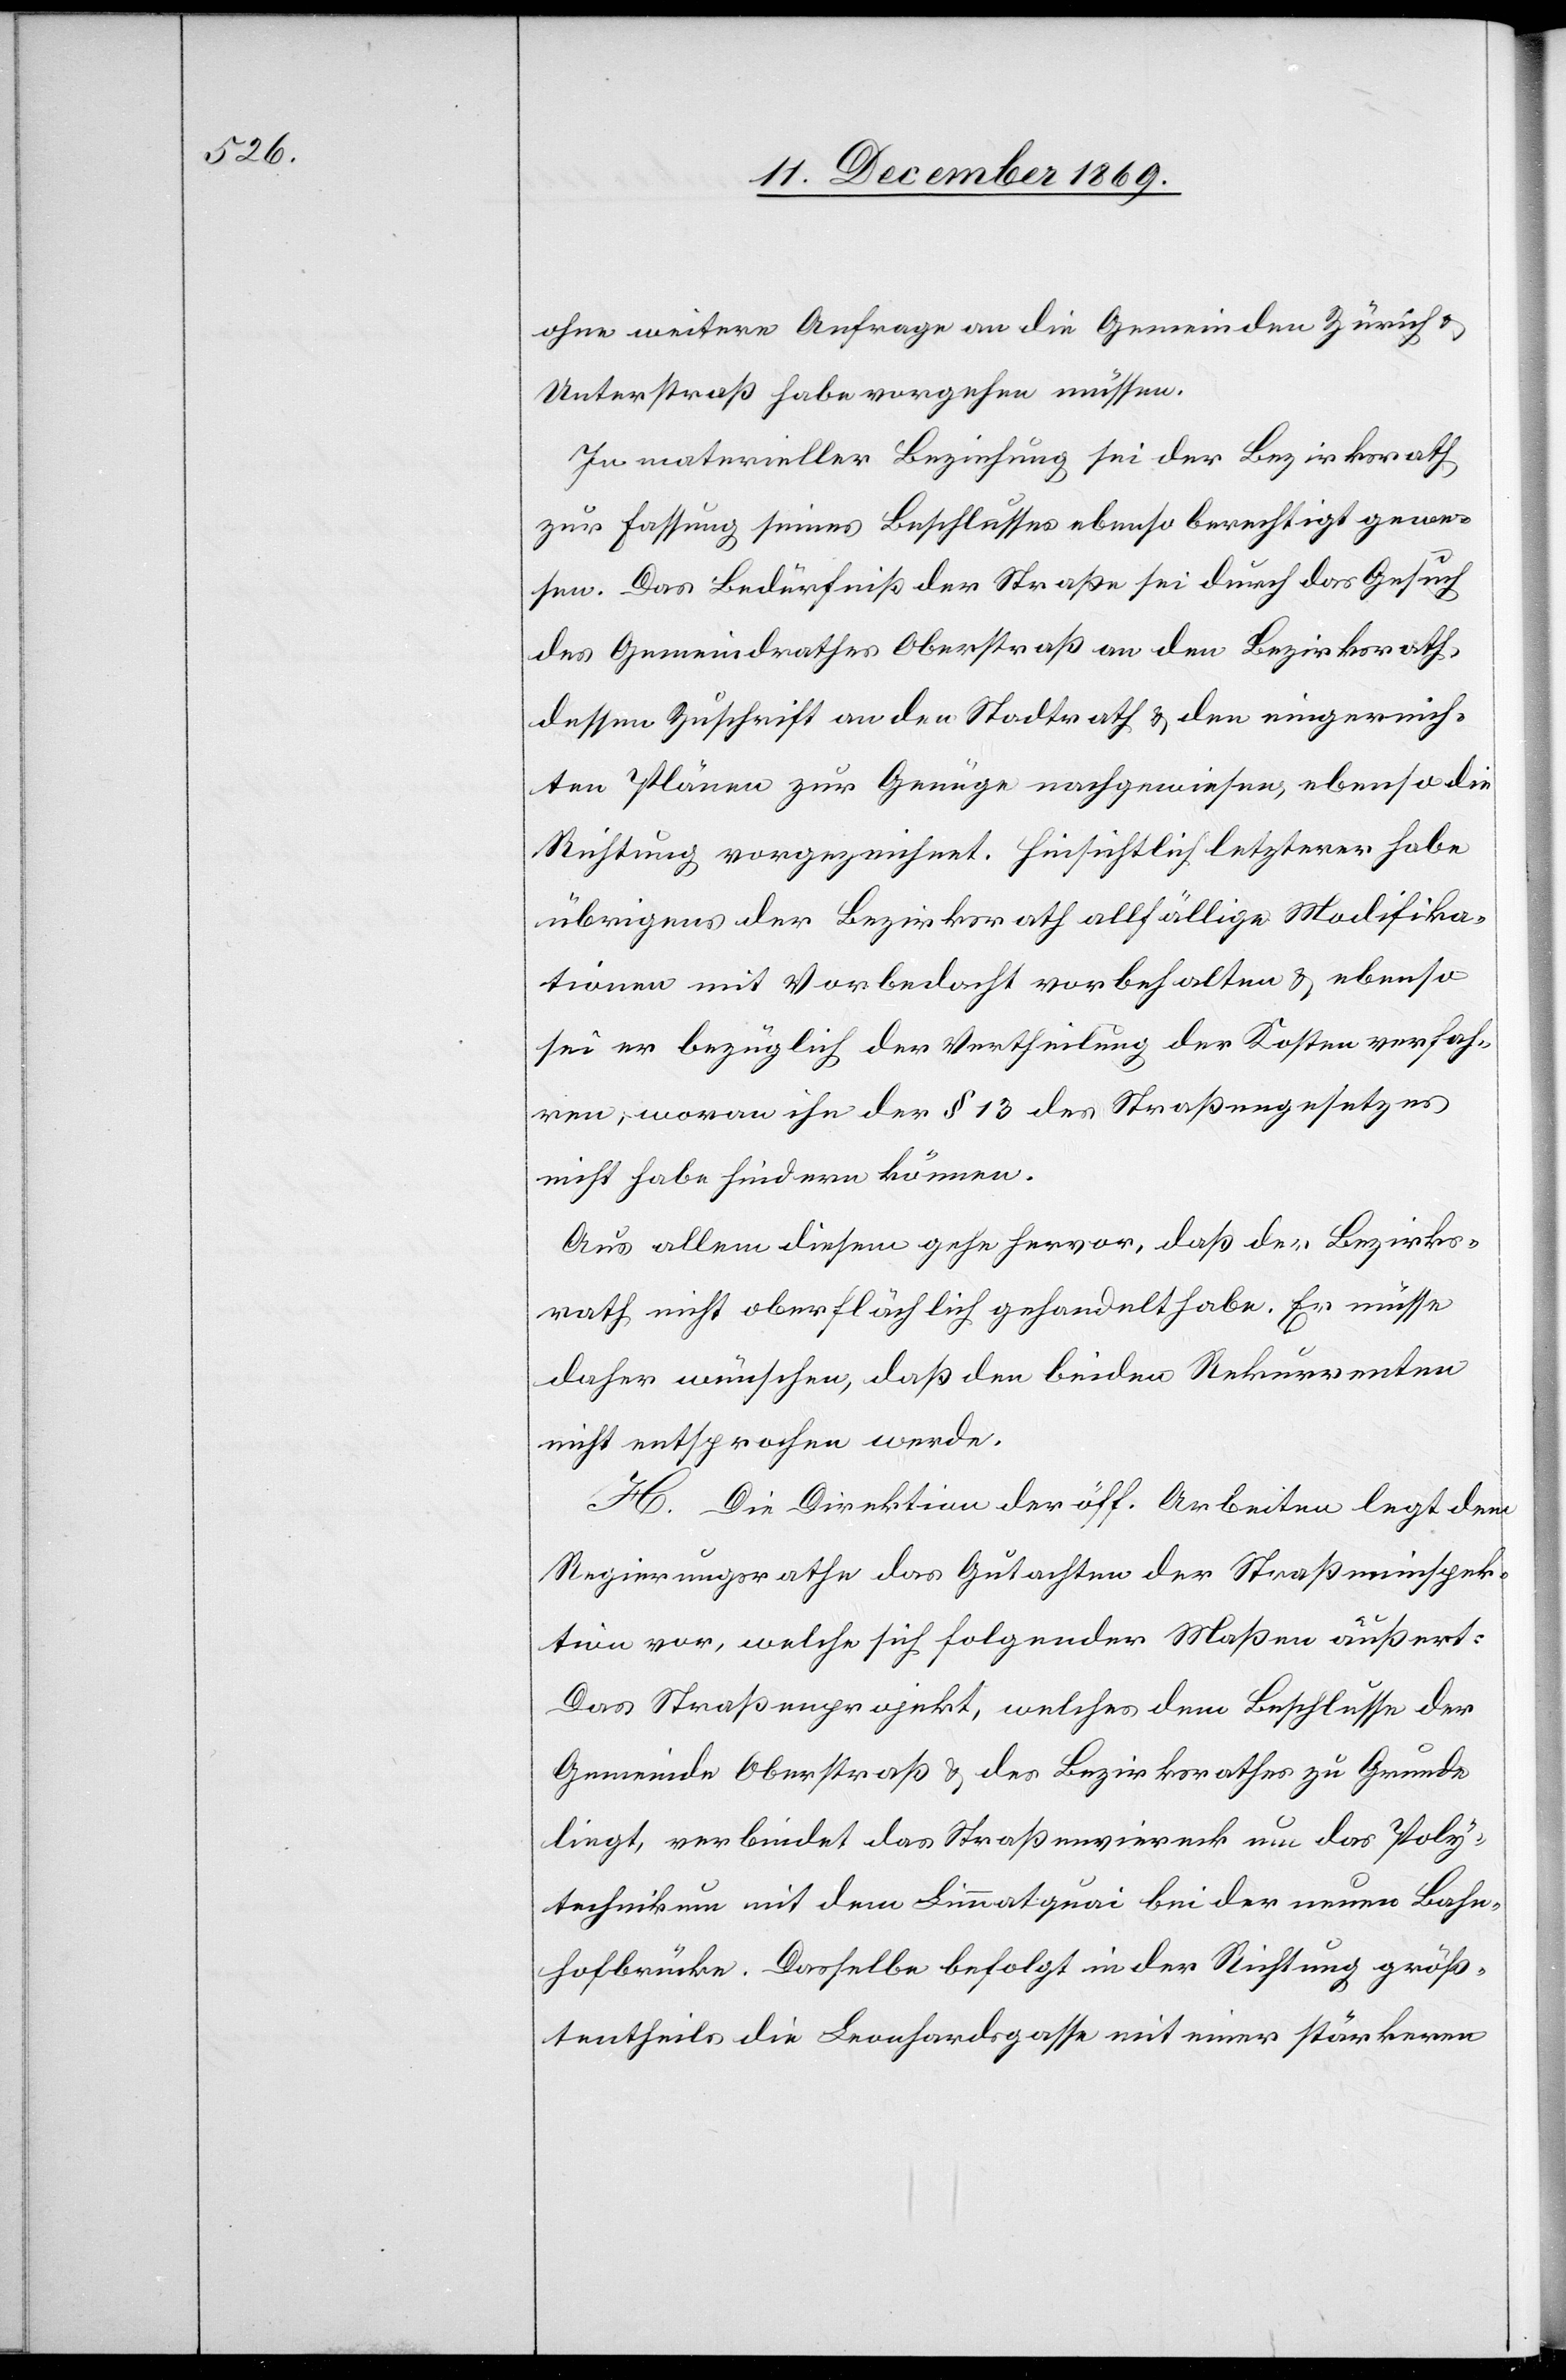
ohne weitere Anfrage an die Gemeinden Zürich &
Unterstraß habe vorgehen müssen.
In materieller Beziehung sei der Bezirksrath
zur Fassung seines Beschlusses ebenso berechtigt gewe¬
sen. Das Bedürfniß der Straße sei durch das Gesuch
des Gemeindrathes Oberstraß an den Bezirksrath,
dessen Zuschrift an den Stadtrath & den eingereich¬
ten Plänen zur Genüge nachgewiesen, ebenso die
Richtung vorgezeichnet. Hinsichtlich letzterer habe
übrigens der Bezirksrath allfällige Modifika¬
tionen mit Vorbedacht vorbehalten & ebenso
sei er bezüglich der Vertheilung der Kosten verfah¬
ren, woran ihn der § 13 des Straßengesetzes
nicht habe hindern können.
Aus allem diesem gehe hervor, daß der Bezirks¬
rath nicht oberflächlich gehandelt habe. Er müsse
daher wünschen, daß den beiden Rekurrenten
nicht entsprochen werde.
H. Die Direktion der öff. Arbeiten legt dem
Regierungsrathe das Gutachten der Straßeninspek¬
tion vor, welche sich folgender Maßen äußert:
Das Straßenprojekt, welches dem Beschlusse der
Gemeinde Oberstraß & des Bezirksrathes zu Grunde
liegt, verbindet das Straßenviereck um das Poly¬
technikum mit dem Limmatquai bei der neuen Bahn¬
hofbrücke. Dasselbe befolgt in der Richtung größ¬
tentheils die Leonhardsgasse mit einer stärkeren